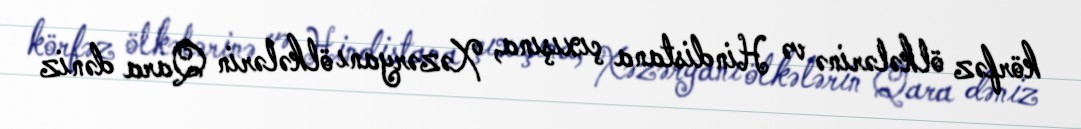
körfəz ölkələrinə və Hindistana çıxışına, Xəzəryanı ölkələrin Qara dəniz